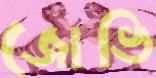
জোভি